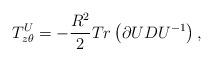
LaTeX: \begin{align*}T_{z\theta }^{U}=-\frac{R^{2}}{2}Tr\left( \partial UDU^{-1}\right) ,\end{align*}